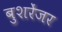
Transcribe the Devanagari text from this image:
बुशरेंजर